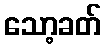
သော့ခတ်